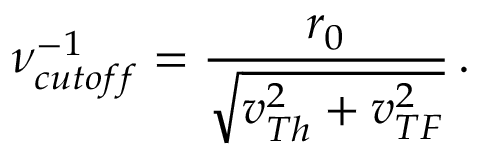
\nu _ { c u t o f f } ^ { - 1 } = \frac { r _ { 0 } } { \sqrt { v _ { T h } ^ { 2 } + v _ { T F } ^ { 2 } } } \, .